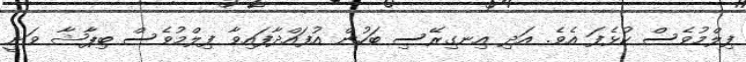
ފިލްމުވެސް ކުޅެފަ އެވެ. އަދި އިނގިރޭސި ބަހުން އުފައްދާފައިވާ ފިލްމުވެސް ބިޕާޝާ ވަނީ